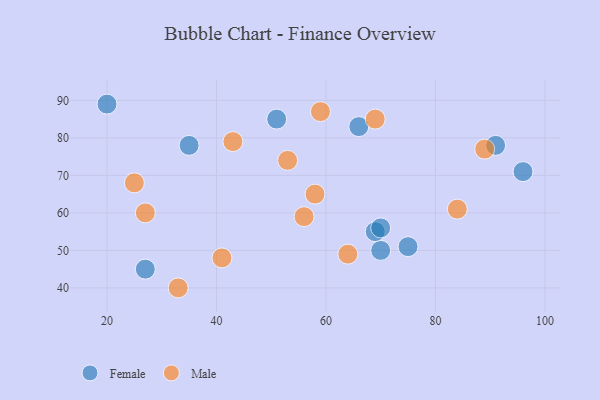
{"axis": {"x": "GDP", "y": "Life Expectancy"}, "legend": ["Female", "Male"], "data": [{"x": "35", "y": 78, "type": "Female"}, {"x": "70", "y": 50, "type": "Female"}, {"x": "20", "y": 89, "type": "Female"}, {"x": "27", "y": 45, "type": "Female"}, {"x": "66", "y": 83, "type": "Female"}, {"x": "96", "y": 71, "type": "Female"}, {"x": "75", "y": 51, "type": "Female"}, {"x": "91", "y": 78, "type": "Female"}, {"x": "51", "y": 85, "type": "Female"}, {"x": "69", "y": 55, "type": "Female"}, {"x": "70", "y": 56, "type": "Female"}, {"x": "89", "y": 77, "type": "Male"}, {"x": "33", "y": 40, "type": "Male"}, {"x": "25", "y": 68, "type": "Male"}, {"x": "84", "y": 61, "type": "Male"}, {"x": "43", "y": 79, "type": "Male"}, {"x": "27", "y": 60, "type": "Male"}, {"x": "41", "y": 48, "type": "Male"}, {"x": "64", "y": 49, "type": "Male"}, {"x": "53", "y": 74, "type": "Male"}, {"x": "58", "y": 65, "type": "Male"}, {"x": "59", "y": 87, "type": "Male"}, {"x": "69", "y": 85, "type": "Male"}, {"x": "56", "y": 59, "type": "Male"}]}